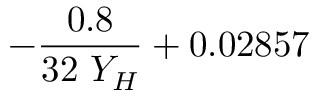
- \frac { 0 . 8 } { 3 2 \ Y _ { H } } + 0 . 0 2 8 5 7